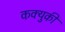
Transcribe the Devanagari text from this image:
कक्युकी